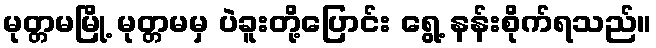
မုတ္တမမြို့ မုတ္တမမှ ပဲခူးတို့ပြောင်း ရွေ့ နန်းစိုက်ရသည်။